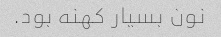
نون بسیار کهنه بود.